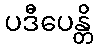
ပဒီပေန္တိ